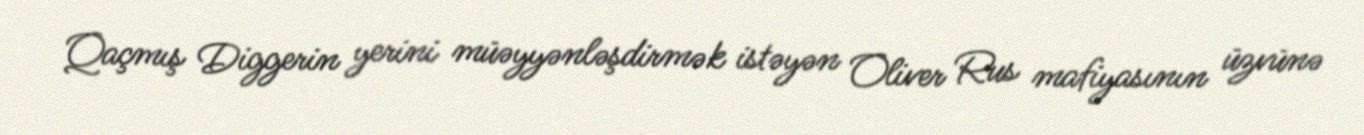
Qaçmış Diggerin yerini müəyyənləşdirmək istəyən Oliver Rus mafiyasının üzvünə